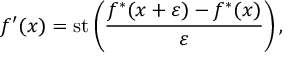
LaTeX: f ^ { \prime } ( x ) = \mathrm { s t } \left( { \frac { f ^ { * } ( x + \varepsilon ) - f ^ { * } ( x ) } { \varepsilon } } \right) ,